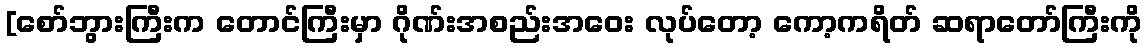
[စော်ဘွားကြီးက တောင်ကြီးမှာ ဂိုဏ်းအစည်းအဝေး လုပ်တော့ ကော့ကရိတ် ဆရာတော်ကြီးကို